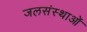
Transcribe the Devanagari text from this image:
जलसंस्थाओं